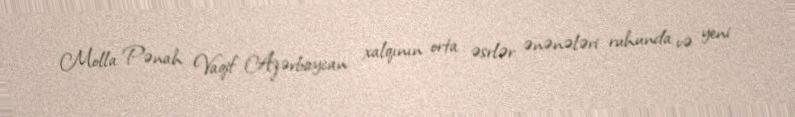
Molla Pənah Vaqif Azərbaycan xalqının orta əsrlər ənənələri ruhunda və yeni